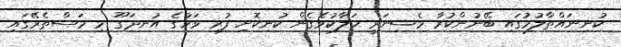
ކުނިނައްތާލުމުގައި ބޭނުންކުރާ މެޝިނަރީ ހަލާކުވެގެން ކުނިކޮށި ފުރި ވަހުގެ އުނދަގޫ މި މަސްތެރޭގައި